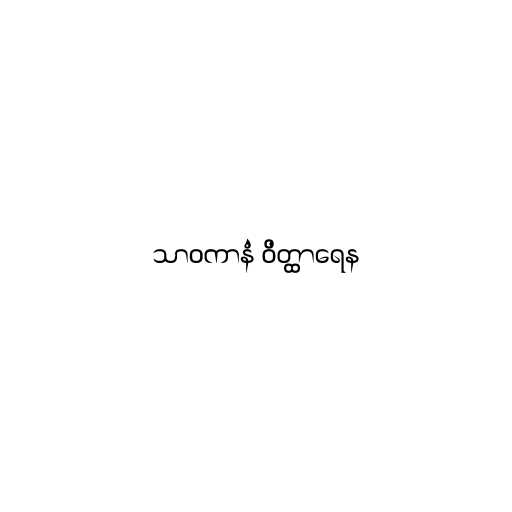
သာဝကာနံ ဝိတ္ထာရေန